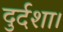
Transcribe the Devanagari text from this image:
दुर्दशा।